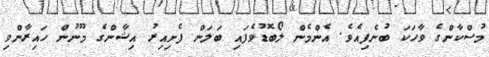
މުސްކާންގެ ވާހަކަ ބުނެފިއެވެ. އެންމެން ލޯބޮޑުވެފައި ބަލަން ފެށިއިރު އިޝާންގެ މޫނުން ހައިރާންވި